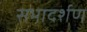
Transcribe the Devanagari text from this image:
सभादर्शण